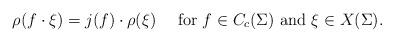
LaTeX: \begin{align*} \rho(f \cdot \xi) = j(f) \cdot \rho(\xi)\quad\text{ for $f \in C_c(\Sigma)$ and $ \xi \in X(\Sigma)$.} \end{align*}